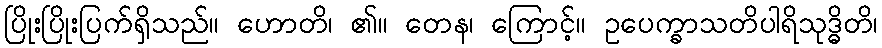
ပြိုးပြိုးပြက်ရှိသည်။ ဟောတိ၊ ၏။ တေန၊ ကြောင့်။ ဥပေက္ခာသတိပါရိသုဒ္ဓိတိ၊